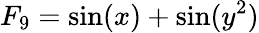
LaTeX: F_{9}=\sin(x)+\sin(y^{2})